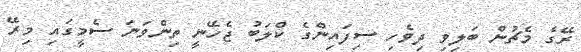
ރޭގެ މެޗުން ބަލިވި ދިވެހި ސިފައިންގެ ކްލަބު ޖެހޭނީ ތިންވަނަ ސެމީގައި މިރޭ